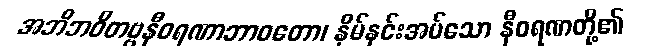
အဘိဘဝိတဗ္ဗနီဝရဏာဘာဝတော၊ နှိမ်နင်းအပ်သော နီဝရဏတို့၏